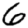
Digit: 6